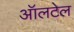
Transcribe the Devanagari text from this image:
ऑलटेल